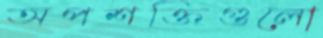
অপশক্তিগুলো